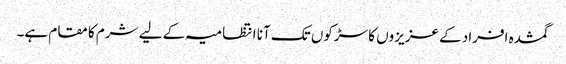
گمشدہ افراد کے عزیزوں کا سڑکوں تک آنا انتظامیہ کے لیے شرم کا مقام ہے۔